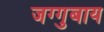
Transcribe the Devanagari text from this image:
जग्गुबाय